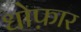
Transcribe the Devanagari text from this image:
धोफ़ार